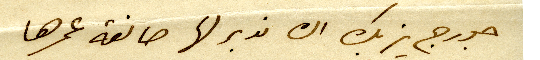
جورج يزبك ان ندبر لها صانعة عمرها